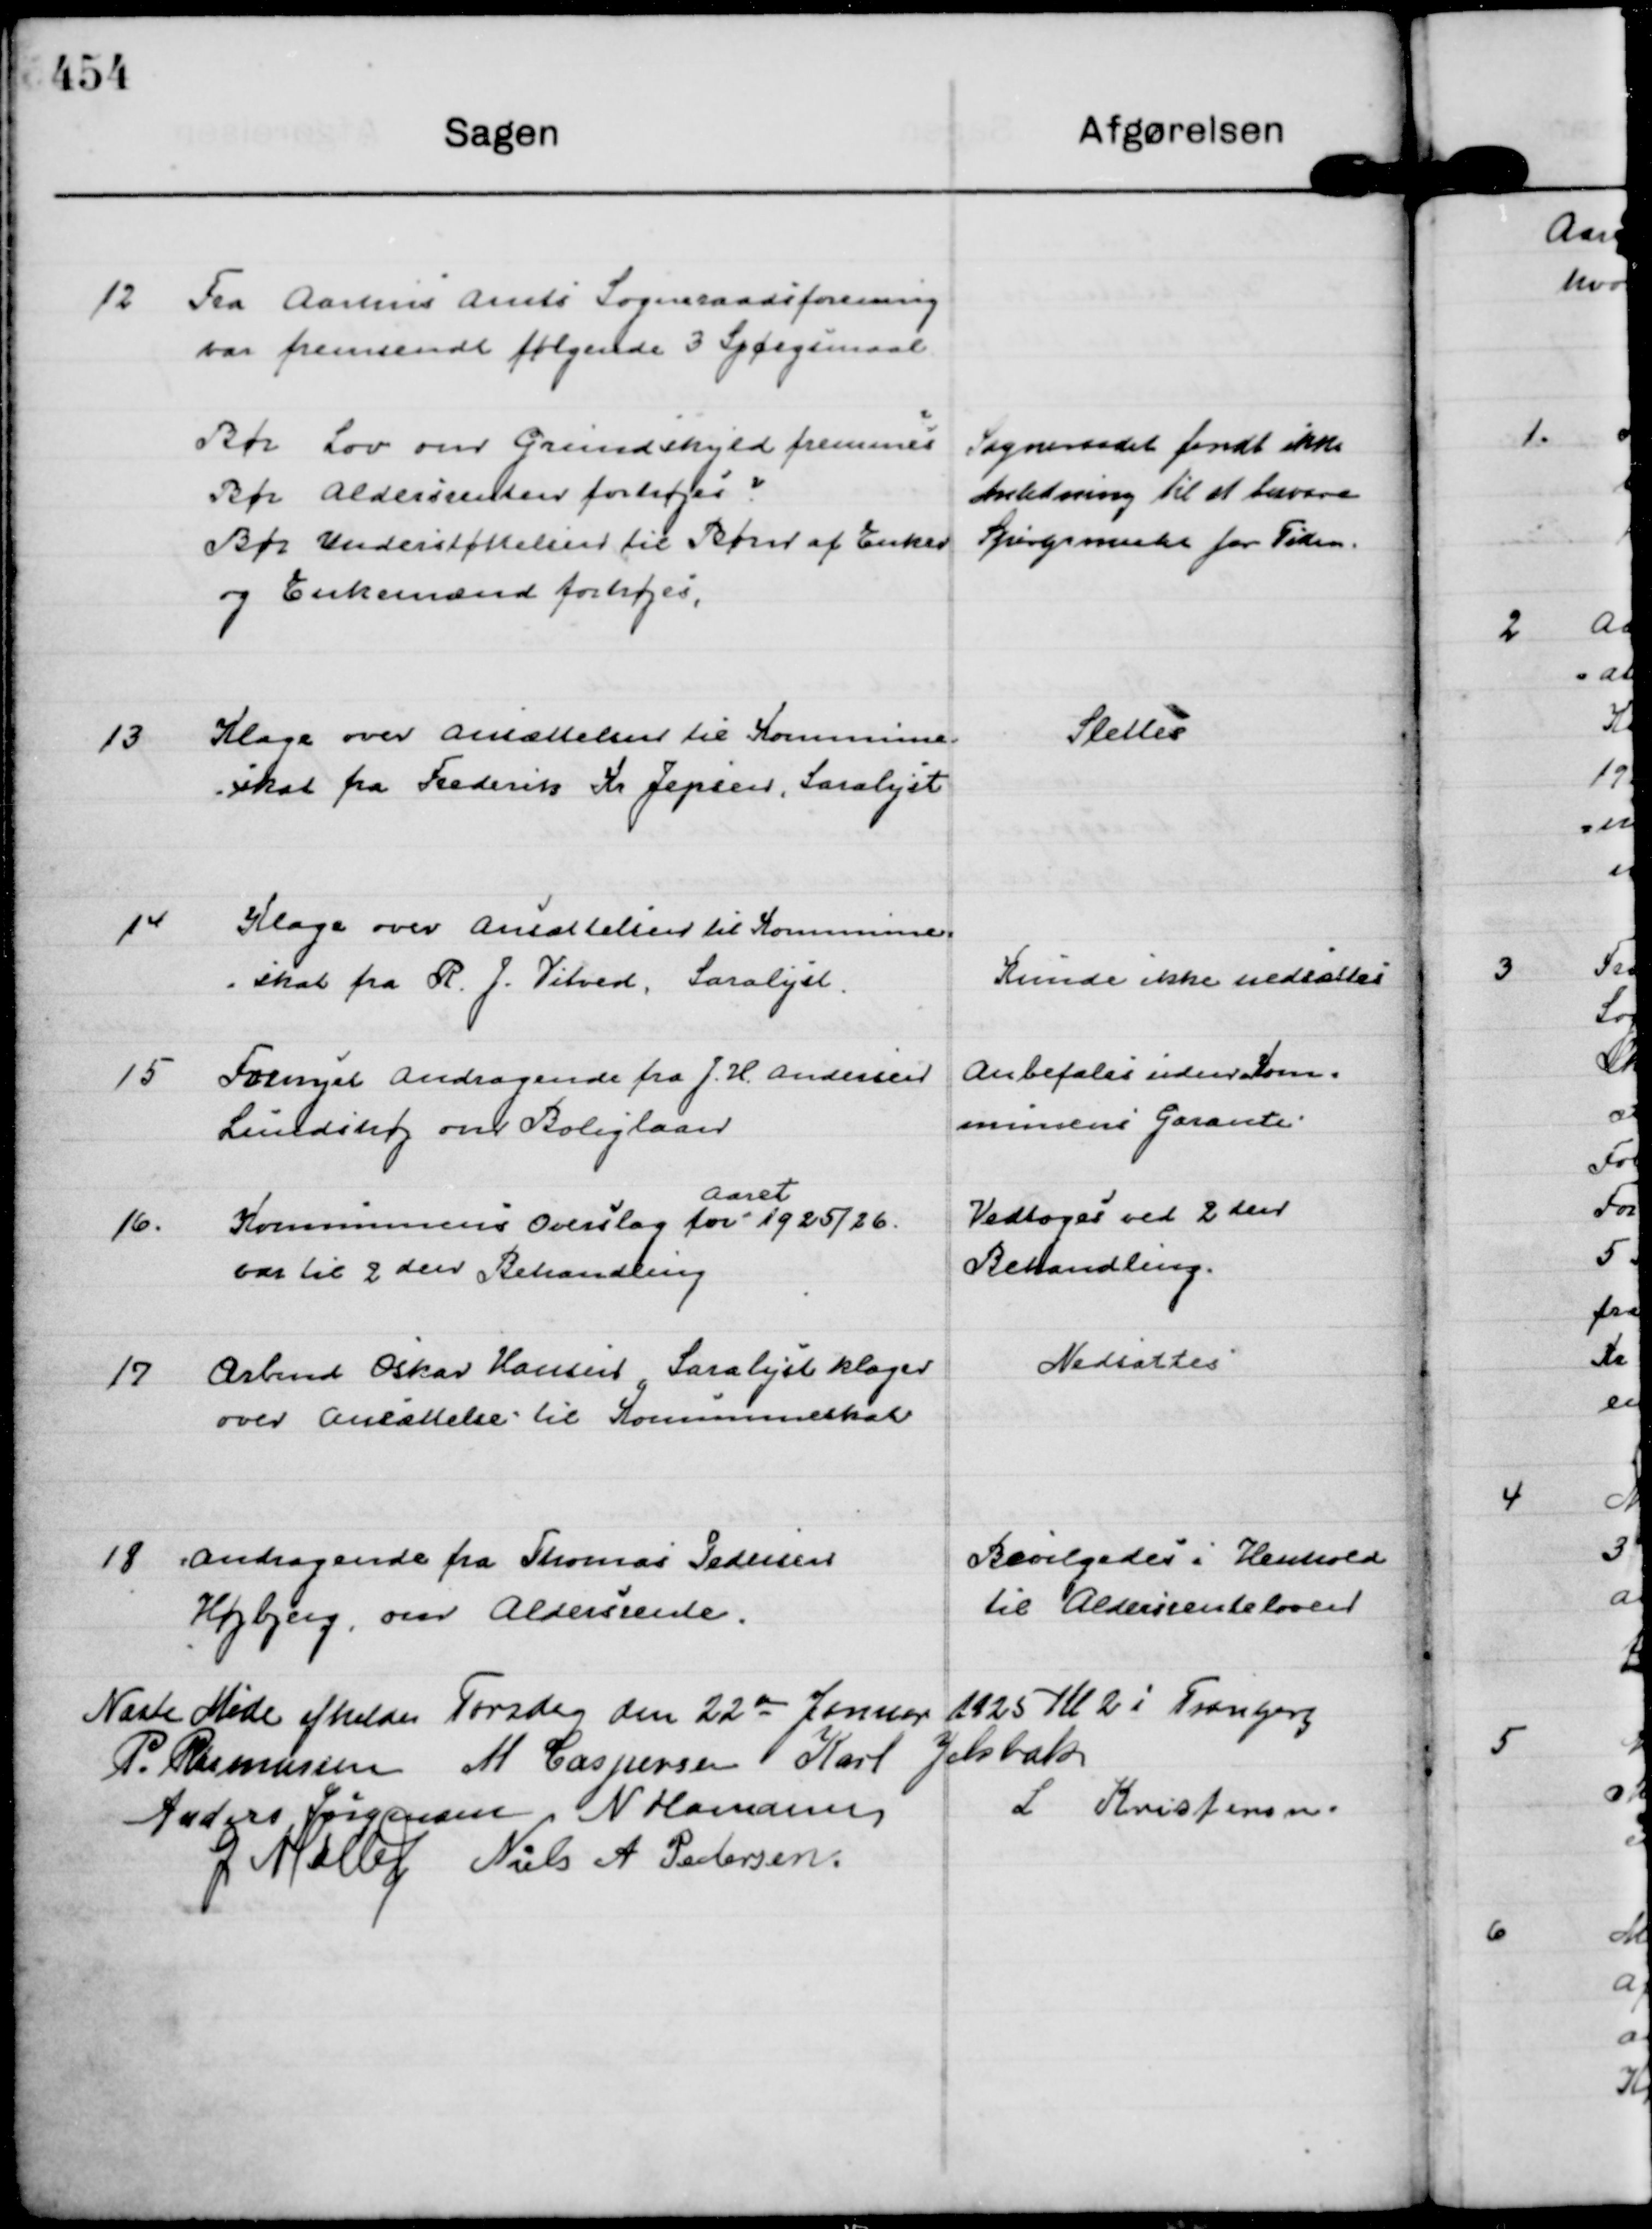
Transskription:
12
Fra Aarhus Amts Sogneraadsforening
var fremsendt følgende 3 Spørgsmaal.
Bør Lov om Grundskyld fremmes
Bør Aldersrenten forhøjes
Bør Understøttelsen til Børn af Enker
og Enkemænd forhøjes.

Sogneraadet fandt ikke
Anledning til at besvare
Spørgsmaalet for Tiden.

13
Klage over Ansættelsen til Kommune=
=skat fra Frederik Kr Jepsen, Saralyst

Slettes

14
Klage over Ansættelsen til Kommune=
=skat fra R. J. Vitved, Saralyst.

Kunde ikke nedsættes

15
Fornyet Andragende fra J. H. Andersen
Lundshøj om Boliglaan

Anbefales uden Kom=
munens Garanti.

16.
Kommunens Overslag for
Aaret
1925/26.
var til 2 den Behandling

Vedtoges ved 2 den
Behandling.

17
Arbmd Oskar Hansen, Saralyst klager
over Ansættelse til Kommuneskat

Nedsættes

18
Andragende fra Thomas Pedersen
Højbjerg, om Aldersrente.

Bevilgedes i Henhold
til Aldersrenteloven

Næste Møde afholdes den 22 de Januar 1925 Kl 2 i Tranbjerg
P. Rasmussen
M Caspersen
Karl Jelsbak
Anders Jørgensen
N Hamann
L Kristensen.
G Møller
Niels A Pedersen.